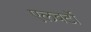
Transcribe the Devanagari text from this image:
एलबर्टो